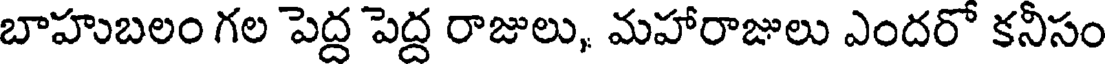
బాహుబలం గల పెద్ద పెద్ద రాజులు, మహారాజులు ఎందరో కనీసం